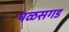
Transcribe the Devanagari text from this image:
पळसगड